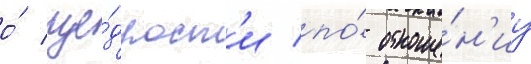
о́ ще́дрост'и по́ отноше́н'иу